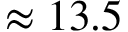
\approx 1 3 . 5